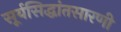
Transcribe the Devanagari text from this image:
सूर्यसिद्धांतसारणी